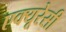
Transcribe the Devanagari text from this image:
एक्‍यूरेसी